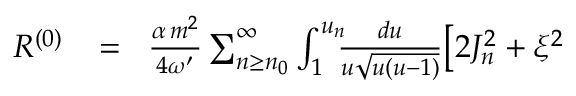
\begin{array} { r l r } { R ^ { ( 0 ) } \! } & { { } = } & { \! \frac { \alpha \, m ^ { 2 } } { 4 \omega ^ { \prime } } \sum _ { n \geq n _ { 0 } } ^ { \infty } \int _ { 1 } ^ { u _ { n } } \! \! \! \frac { d u } { u \sqrt { u ( u - 1 ) } } \big [ 2 J _ { n } ^ { 2 } + \xi ^ { 2 } } \end{array}